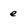
Character: e